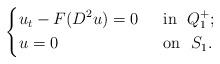
LaTeX: \begin{align*}\left\{\begin{aligned}&u_t-F(D^2u)=0&& ~~\mbox{in}~~Q_1^+;\\&u=0&& ~~\mbox{on}~~S_1.\end{aligned}\right.\end{align*}